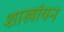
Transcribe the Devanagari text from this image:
शाखांयन